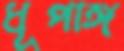
ধূপাঙ্গ